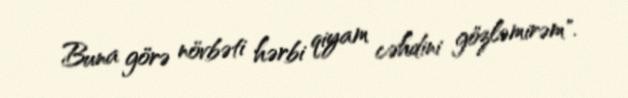
Buna görə növbəti hərbi qiyam cəhdini gözləmirəm".